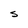
Character: S